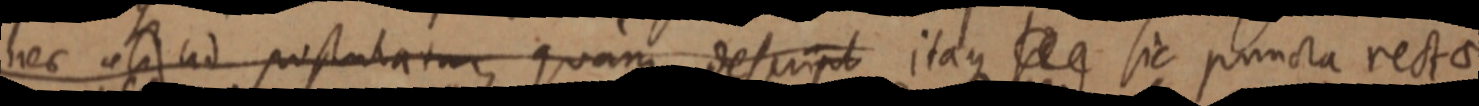
nec aliud postulatur quam descript itaque _ sic puncta rectae